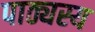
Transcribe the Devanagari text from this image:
पाठ्यस्य